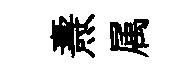
燾属